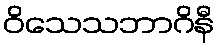
ဝိသေသဘာဂိနီ